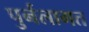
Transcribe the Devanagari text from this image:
पुर्नलागत